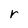
Character: r